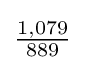
{\tfrac {1,079}{889}}